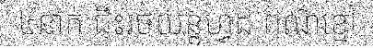
៤នាក់ ជិះរថយន្តហ្វដ ពណ៌ខ្មៅ